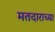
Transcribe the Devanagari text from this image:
मतदाराच्या